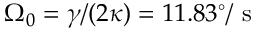
\Omega _ { 0 } = \gamma / ( 2 \kappa ) = 1 1 . 8 3 ^ { \circ } / \mathrm { ~ s ~ }